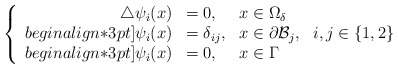
\begin{align*} \left\{\begin{array}{r l l }\triangle \psi_i(x) & = 0, & x\in\Omega_ \delta\\begin{align*}3pt]\psi_i(x) & =\delta_{ij}, & \displaystyle x\in\partial \mathcal{B}_j,~~i,j\in\{1,2\}\\begin{align*}3pt]\psi_i(x) & = 0, & x\in\Gamma\end{array}\right.\end{align*}